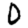
Digit: 0